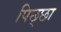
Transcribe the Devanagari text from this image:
पिछ्छा